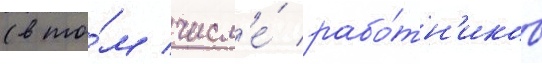
(в то́м числ'е́ рабо́тн'иков